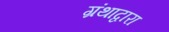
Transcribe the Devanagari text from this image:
ग्रंथाद्वारा